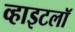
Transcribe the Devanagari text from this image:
व्हाइटलॉ